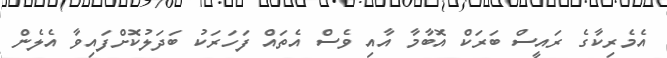
އެމެރިކާގެ ރައީސް ބަރަކް އޮބާމާ އާއި ވެސް އެތައް ފަހަރަކު ބަދަލުކޮށްފައިވާ އެލެން